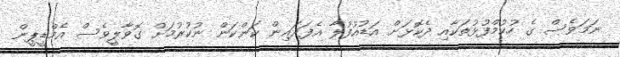
ނަމަވެސް ގެ ހުކުމްފުޅުތަކާއި ދެކޮޅަށް އަޑުއުފުލާ އެފަދައިން ކަންކަން ނުކުރުމަށް ގޮވާލީވެސް އެމްޑީޕީން